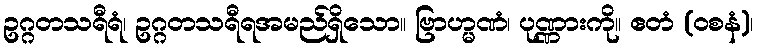
ဥဂ္ဂတသရီရံ၊ ဥဂ္ဂတသရီရအမည်ရှိသော။ ဗြာဟ္မဏံ၊ ပုဏ္ဏားကို။ ဧတံ (ဝစနံ)၊